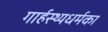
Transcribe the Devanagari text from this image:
गार्हस्थ्यधर्मका